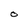
Character: O